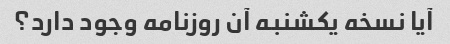
آیا نسخه یکشنبه آن روزنامه وجود دارد؟